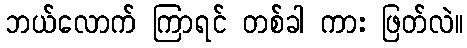
ဘယ်လောက် ကြာရင် တစ်ခါ ကား ဖြတ်လဲ။